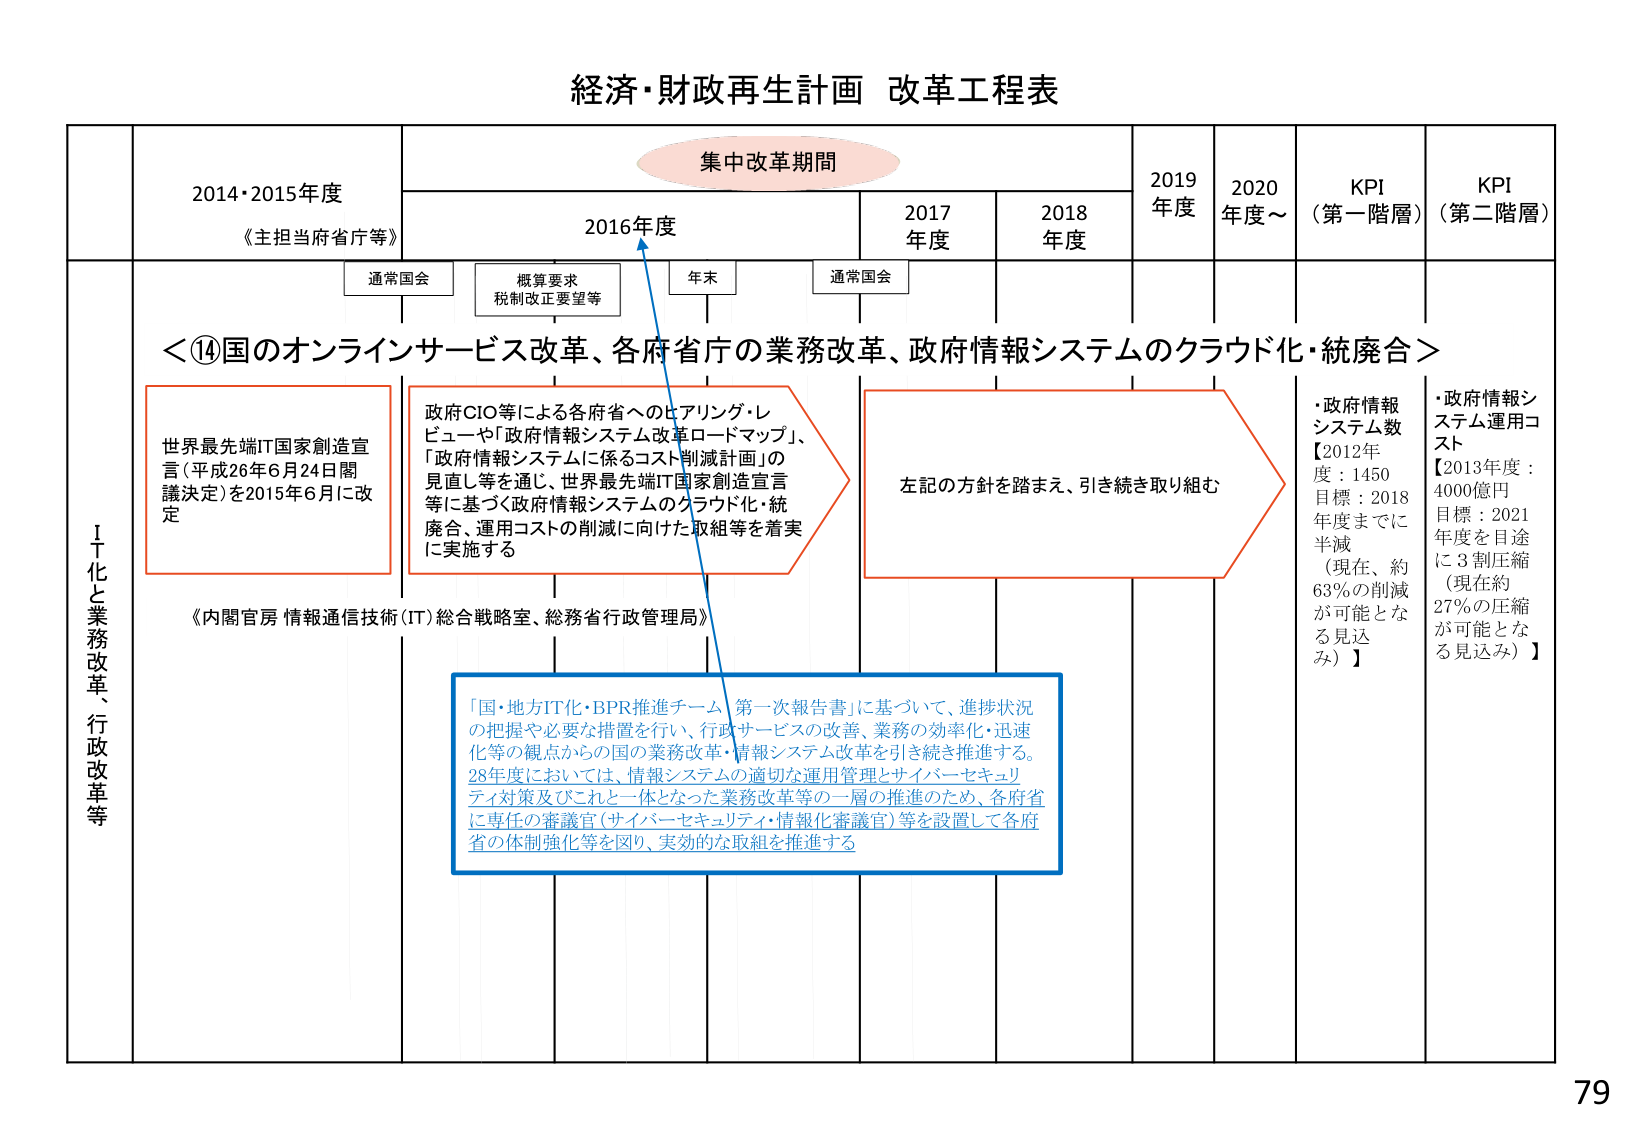
経済・財政再生計画 改革工程表

集中改革期間

2014・2015年度
《主担当省庁等》

2016年度
通常国会
概算要求
税制改正要望等
年末

2017年度
通常国会

2018年度

2019年度

2020年度～

KPI（第一階層）

KPI（第二階層）

＜⑭国のオンラインサービス改革、各府省庁の業務改革、政府情報システムのクラウド化・統合＞

世界最先端IT国家創造宣言（平成26年6月24日閣議決定）を2015年6月に改定

政府CIO等による各府省へのヒアリング・レビュー や「政府情報システム改革ロードマップ」、「政府情報システムに係るコスト削減計画」の見直し等を通じ、世界最先端IT国家創造宣言等に基づく政府情報システムのクラウド化・統廃合、運用コストの削減に向けた取組等を着実に実施する

左記の方針を踏まえ、引き続き取り組む

《内閣官房 情報通信技術（IT）総合戦略室、総務省行政管理局》

「国・地方IT化・BPR推進チーム 第一次報告書」に基づいて、進捗状況の把握や必要な措置を行い、行政サービスの改善、業務の効率化・迅速化等の観点からの国の業務改革・情報システム改革を引き続き推進する。28年度においては、情報システムの適切な運用管理とサイバーセキュリティ対策及びこれと一体となった業務改革等の一層の推進のため、各府省に専任の審議官（サイバーセキュリティ・情報化審議官）等を設置して各府省の体制強化等を図り、実効的な取組を推進する

・政府情報システム数
【2012年度：1450
目標：2018年度までに半減
（現在、約63％の削減が可能となる見込み）】

・政府情報システム運用コスト
【2013年度：4000億円
目標：2021年度を目途に3割圧縮
（現在約27％の圧縮が可能となる見込み）】

IT化と業務改革、行政改革等

79